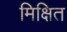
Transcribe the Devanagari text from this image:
मिक्षित